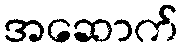
အဆောက်